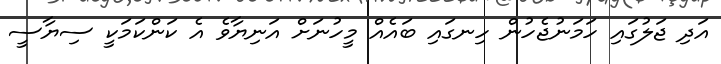
އަދި ޖަލުގައި ހަމަނުޖެހުން ހިނގައި ބައެއް މީހުނަށް އަނިޔާވެ އެ ކަންކަމަކީ ސިޔާސީ